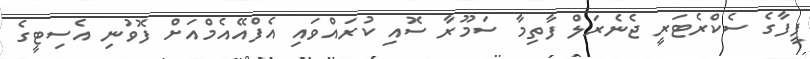
ފީފާގެ ސެކްރެޓަރީ ޖެނެރަލް ފާތިމާ ސަމޫރާ ސޮއި ކުރައްވައި އެފްއޭއެމްއަށް ފޮވުނި އެސިޓީގެ